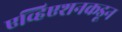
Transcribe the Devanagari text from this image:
एव्हिएशनकडून